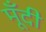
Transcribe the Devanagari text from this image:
मूँदी